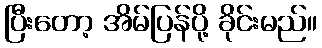
ပြီးတော့ အိမ်ပြန်ပို့ ခိုင်းမည်။